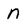
Character: n